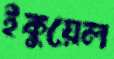
ইকুয়েল